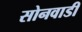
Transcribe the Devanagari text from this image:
सोनवाडी